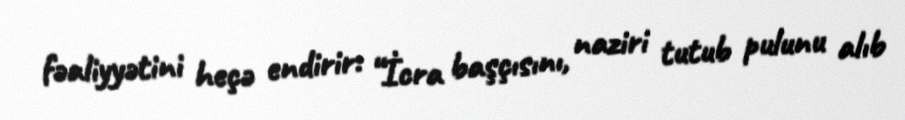
fəaliyyətini heçə endirir: “İcra başçısını, naziri tutub pulunu alıb